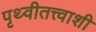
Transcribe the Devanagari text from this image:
पृथ्वीतत्त्वाशी